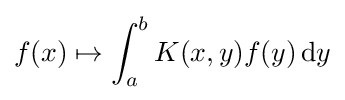
f(x)\mapsto \int _{a}^{b}K(x,y)f(y)\,\mathrm {d} y